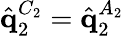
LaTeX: \hat{\mathbf{q}}_{2}^{C_{2}}=\hat{\mathbf{q}}_{2}^{A_{2}}